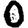
Digit: 0